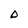
Character: D